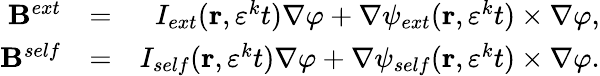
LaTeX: \begin{array}{rlr}{\mathbf{B}^{ext}}&{=}&{I_{ext}(\mathbf{r},\varepsilon^{k}t)\nabla\varphi+\nabla\psi_{ext}(\mathbf{r},\varepsilon^{k}t)\times\nabla\varphi,}\\ {\mathbf{B}^{self}}&{=}&{I_{self}(\mathbf{r},\varepsilon^{k}t)\nabla\varphi+\nabla\psi_{self}(\mathbf{r},\varepsilon^{k}t)\times\nabla\varphi.}\end{array}